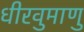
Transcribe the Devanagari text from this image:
धीरवुमाणु